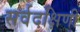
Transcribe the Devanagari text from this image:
सर्वदक्षिणी